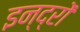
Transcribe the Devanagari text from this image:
इन्द्रों